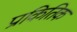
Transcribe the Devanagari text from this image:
प्राकितिक